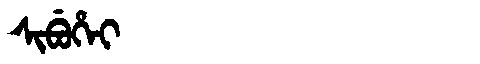
Manchu: ᠰᡳᠪᡠᡥᡝᡳ
Romanization: SIBUHEI